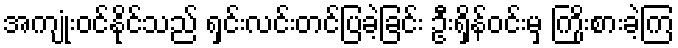
အကျုံးဝင်နိုင်သည် ရှင်းလင်းတင်ပြခဲ့ခြင်း ဦးရှိန်ဝင်းမှ ကြိုးစားခဲ့ကြ